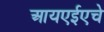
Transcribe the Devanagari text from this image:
आयएईएचे